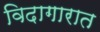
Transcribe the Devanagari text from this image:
विदागारात